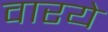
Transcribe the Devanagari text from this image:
वारये